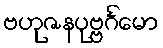
ဗဟုဇနပုဗ္ဗင်္ဂမော